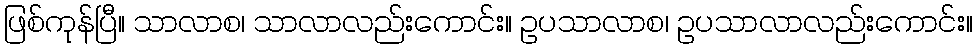
ဖြစ်ကုန်ပြီ။ သာလာစ၊ သာလာလည်းကောင်း။ ဥပသာလာစ၊ ဥပသာလာလည်းကောင်း။